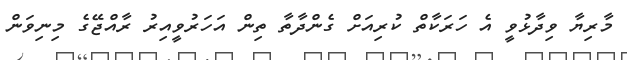
މާރިޔާ ވިދާޅުވީ އެ ހަރަކާތް ކުރިއަށް ގެންދާތާ ތިން އަހަރުވީއިރު ރާއްޖޭގެ މިނިވަން